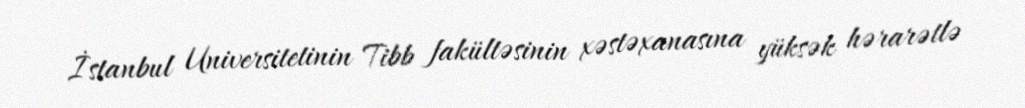
İstanbul Universitetinin Tibb fakültəsinin xəstəxanasına yüksək hərarətlə